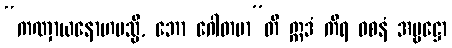
“ကဏှာယနောဟမသ္မိ, ဘော ဂေါတမာ”တိ ဣဒံ ကိရ ဝစနံ အမ္ဗဋ္ဌော